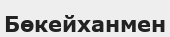
Бөкейханмен